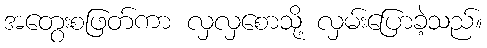
အတွေးစဖြတ်ကာ လှလှစောသို့ လှမ်းပြောခဲ့သည်။